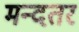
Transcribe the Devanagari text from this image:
मन्दतर